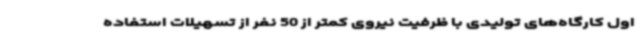
اول کارگاه‌های تولیدی با ظرفیت نیروی کمتر از 50 نفر از تسهیلات استفاده